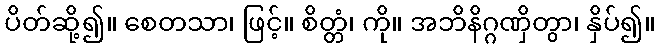
ပိတ်ဆို့၍။ စေတသာ၊ ဖြင့်။ စိတ္တံ၊ ကို။ အဘိနိဂ္ဂဏှိတွာ၊ နှိပ်၍။